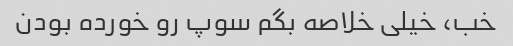
خب، خیلی خلاصه بگم سوپ رو خورده بودن